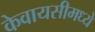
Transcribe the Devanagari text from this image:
केवायसीमध्ये